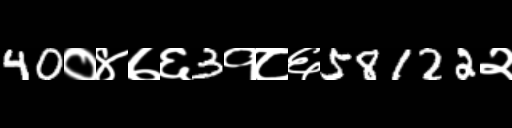
Text: 40०४७६3१८६58122२